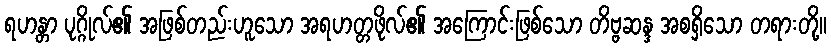
ရဟန္တာ ပုဂ္ဂိုလ်၏ အဖြစ်တည်းဟူသော အရဟတ္တဖိုလ်၏ အကြောင်းဖြစ်သော တိဗ္ဗဆန္ဒ အစရှိသော တရားတို့။